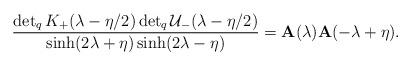
LaTeX: \begin{align*}\frac{\det_{q}K_{+}(\lambda-\eta/2)\det_{q}\mathcal{U}_{-}(\lambda -\eta /2)}{\sinh (2\lambda +\eta )\sinh (2\lambda -\eta )}=\mathbf{A}(\lambda )\mathbf{A}(-\lambda +\eta ).\end{align*}